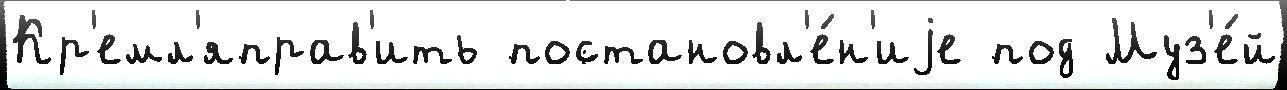
Кр'емл'яправ'ить постановл'е́н'иjе под Муз'е́й